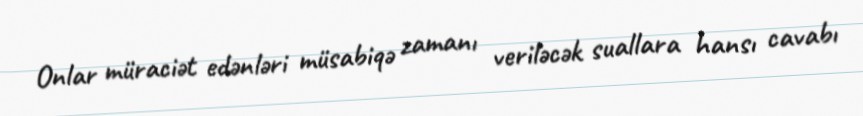
Onlar müraciət edənləri müsabiqə zamanı veriləcək suallara hansı cavabı